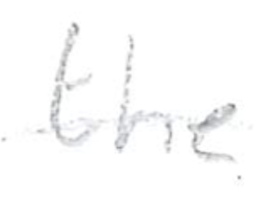
Text: the
Cross-out: single-line
Writing tool: pencil